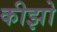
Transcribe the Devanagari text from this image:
कीझो